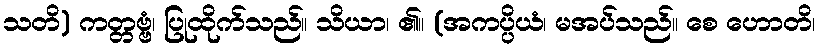
သတိ) ကတ္တဗ္ဗံ၊ ပြုထိုက်သည်။ သိယာ၊ ၏။ (အကပ္ပိယံ၊ မအပ်သည်။ စေ ဟောတိ၊